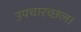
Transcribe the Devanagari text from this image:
उपचारच्छल।